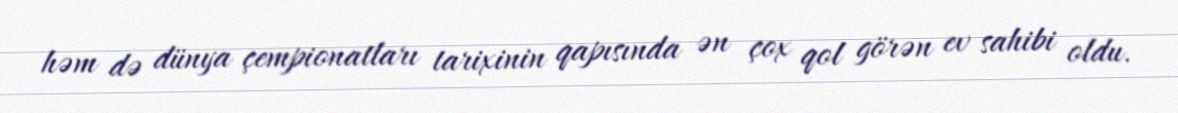
həm də dünya çempionatları tarixinin qapısında ən çox qol görən ev sahibi oldu.